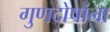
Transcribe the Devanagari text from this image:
गुणदोषांना